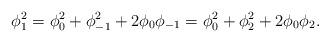
LaTeX: \begin{align*} \phi_1^2 = \phi_0^2+\phi_{-1}^2 + 2 \phi_0 \phi_{-1} = \phi_0^2 +\phi_2^2+2 \phi_0 \phi_2.\end{align*}